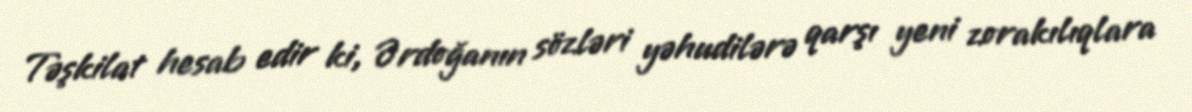
Təşkilat hesab edir ki, Ərdoğanın sözləri yəhudilərə qarşı yeni zorakılıqlara